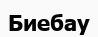
Биебау